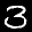
Label: 3